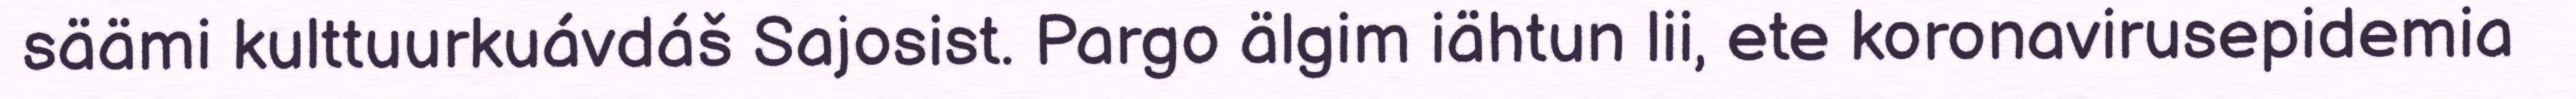
säämi kulttuurkuávdáš Sajosist. Pargo älgim iähtun lii, ete koronavirusepidemia